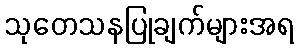
သုတေသနပြုချက်များအရ